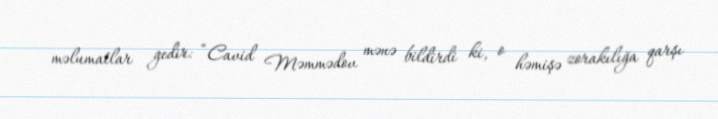
məlumatlar gedir: “Cavid Məmmədov mənə bildirdi ki, o həmişə zorakılığa qarşı